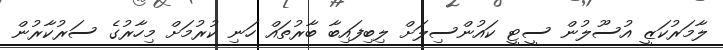
ލާމަރުކަޒީ އުސޫލުން ސީޓީ ކައުންސިލަށް ލިބިފައިބާ ބާރުތައް ހަނި ކުރުމަށް މިހާރުގެ ސަރުކާރުން